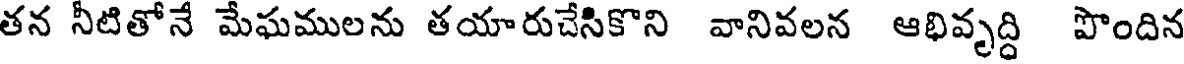
తన నీటితోనే మేఘములను తయారుచేసికొని వానివలన ఆభివృద్ధి పొందిన